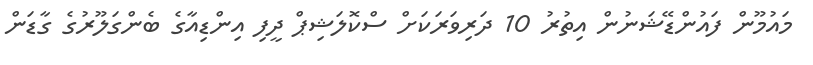
މައުމޫން ފައުންޑޭޝަނުން އިތުރު 10 ދަރިވަރަކަށް ސްކޮލަޝިޕް ދީފި އިންޑިއާގެ ބެންގަލޫރުގެ ގާޑަން